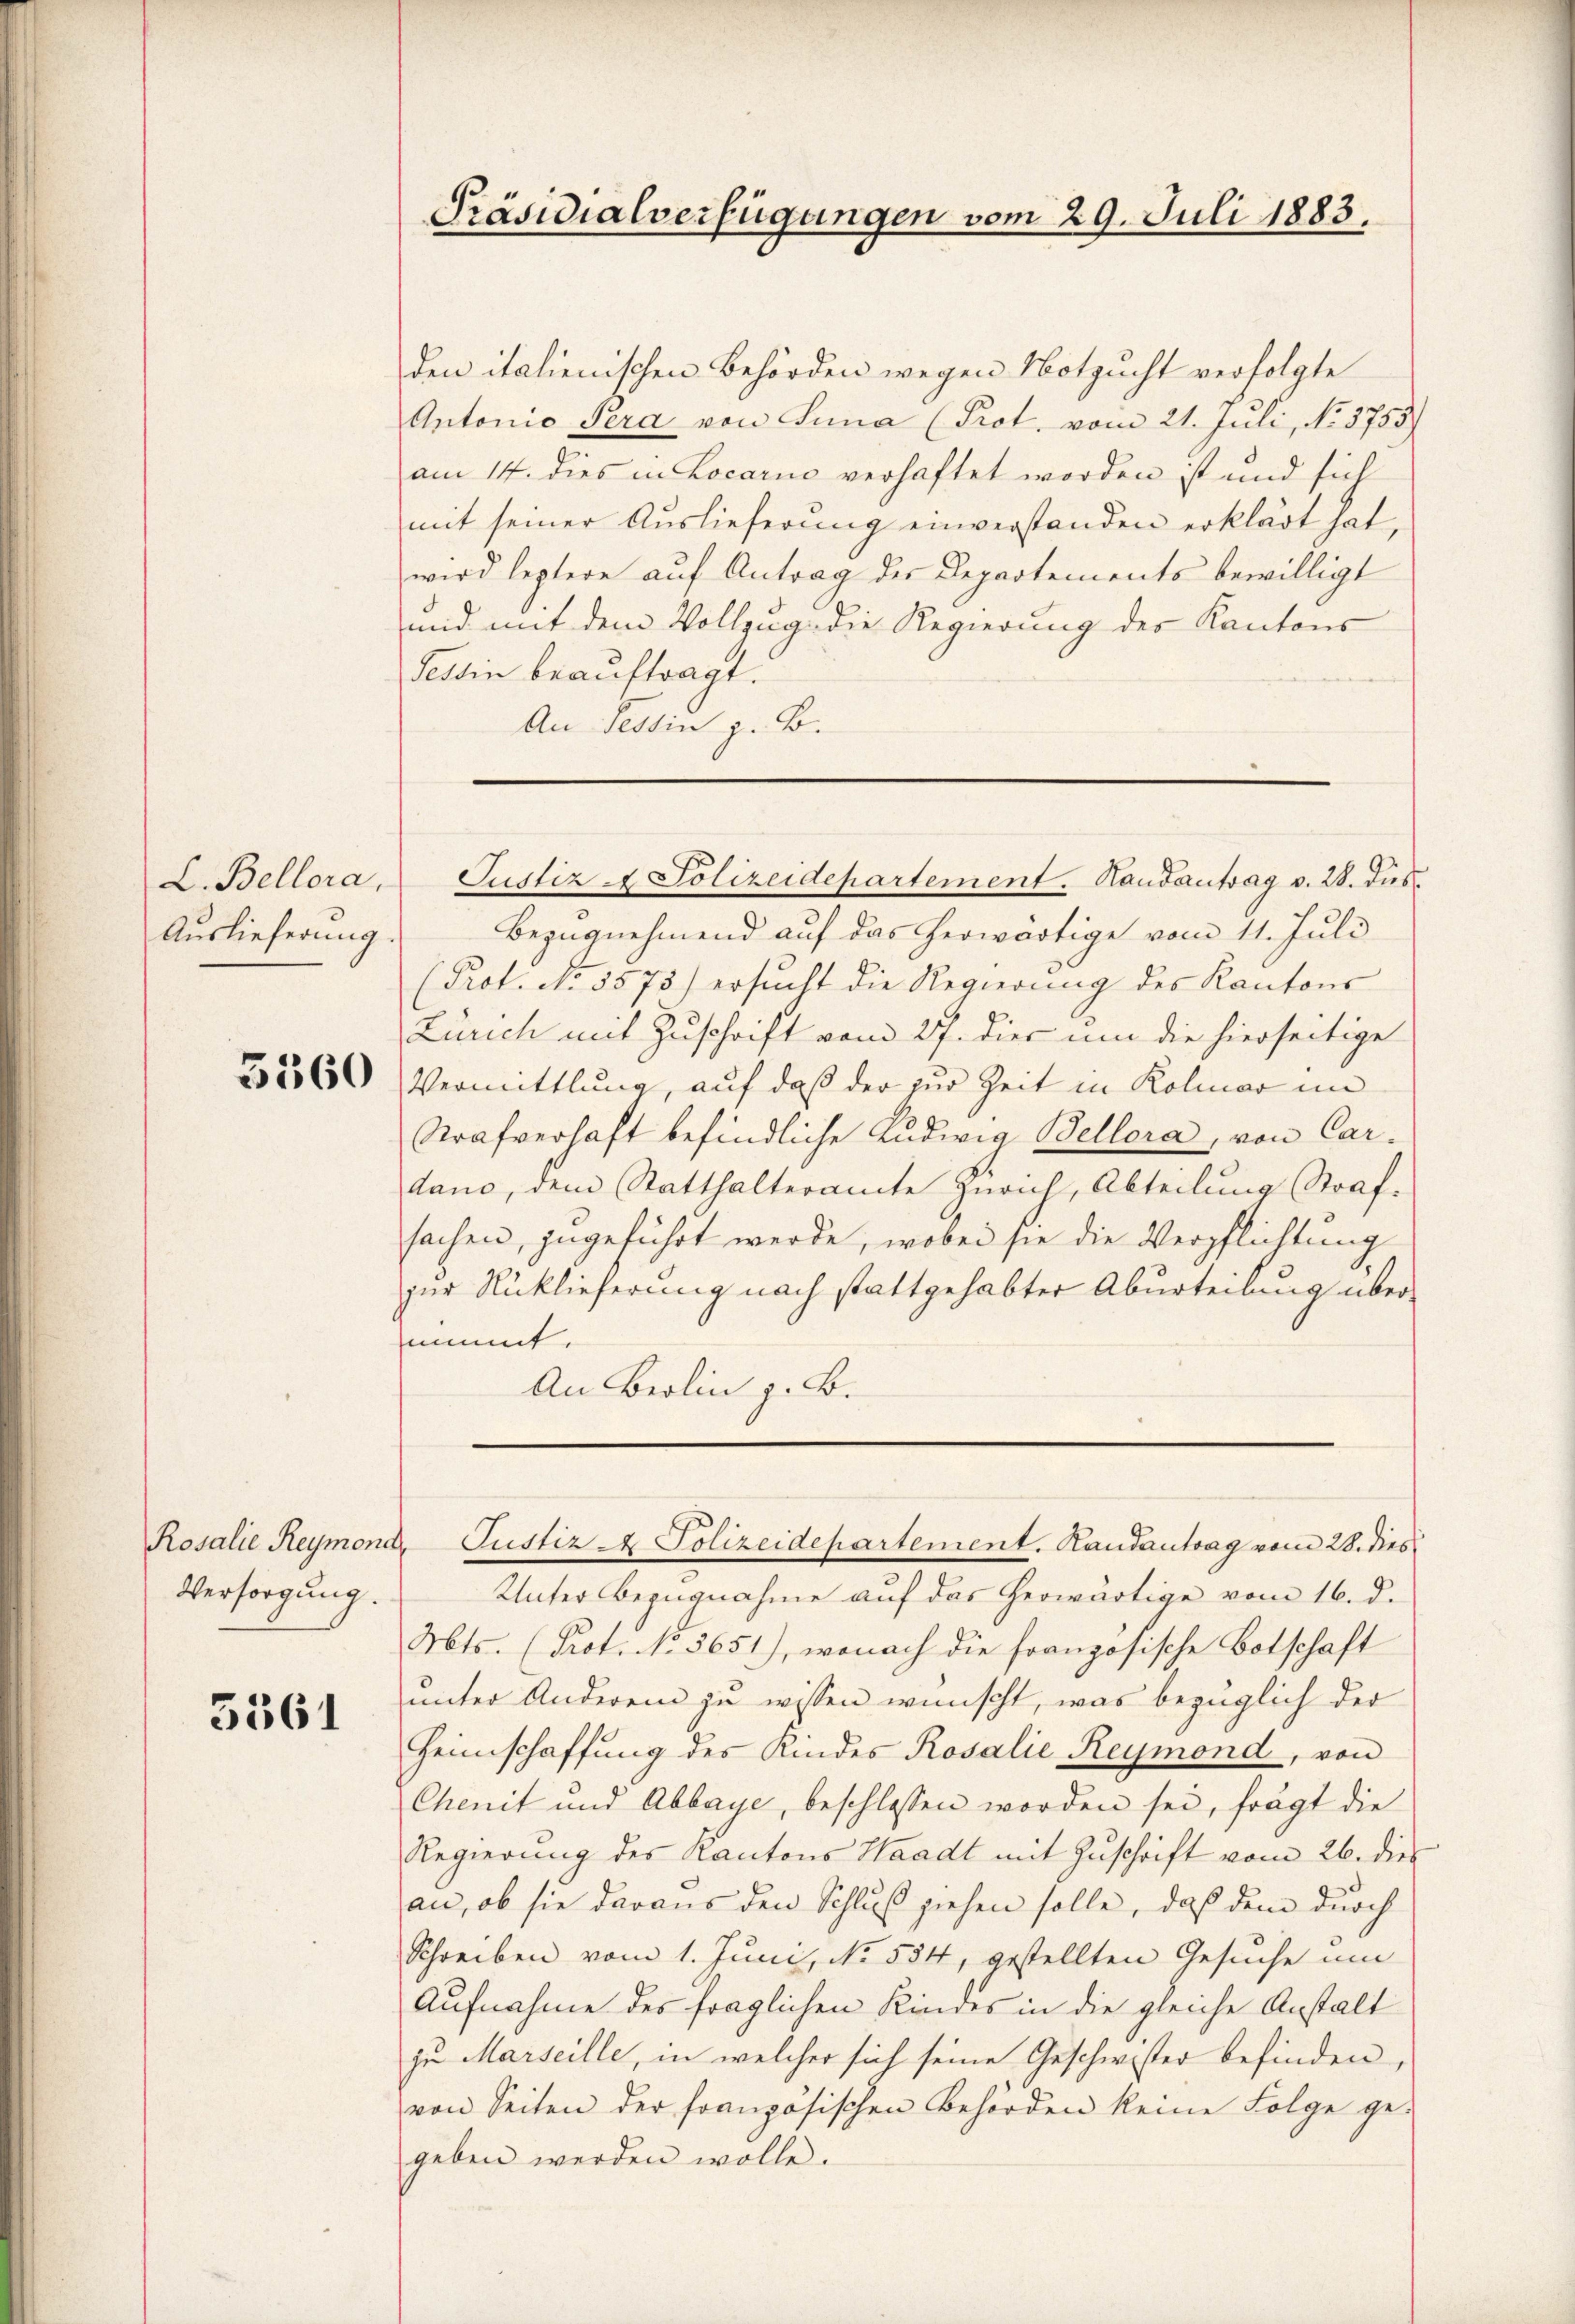
L. Bellora,
Auslieferung.

3360

Versorgung.

5561

Präsidialverfügungen vom 29. Juli 1883.

den italienischen Behörden wegen Notzucht verfolgte
Antonio Sera von Suna (Prot. vom 21. Juli, No. 3755)
am 14. dies in Locario verhaftet worden ist und sich
mit seiner Auslieferung einverstanden erklärt hat,
wird leptere auf Antrag des Departements bewilligt
mid mit dem Vollzug die Regierung des Kantons
Tessin beauftragt.
An Tessin z. B.

Justiz & Polizeidepartement. Handantrag v. 28. dies

Bezugnehmend auf das herwärtige vom 11. Juli
(Prot. No. 5575) ersŭcht die Regierung des Kantons
Zürich mit Zuschrift vom 27. dies um die hierseitige
Vermittlung, auf daß der zur Zeit in Kolmar im
Strafverhaft befindliche Ludwig Bellora, von Cardano, dem Statthalteramte Zürich, Abteilung Strafsachen, zugeführt werde, wobei sie die Verpflichtung
zur Rücklieferung nach stattgehabter Aburteilung übernimmt.
An Berlin z. B.

Unter Bezugnahme auf das herwärtige vom 16. d.
Mts. (Prot. No. 5651), wonach die französische Botschaft
unter Anderem zu wissen wünscht, was bezüglich der
Heimschaffung des Kindes Rosalie Reymond, von
Chenit und Abbaye, beschlossen worden sei, frägt die
Regierung des Kantons Waadt mit Zuschrift vom 26. dies
an, ob sie daraus den Schluß ziehen solle, daß dem durch
Schreiben vom 1. Juni, No. 554, gestellten Gesuche um
Aufnahme des fraglichen Kindes in die gleiche Anstalt
zu Marseille, in welcher sich seine Geschwister befinden,
von Seiten der französischen Behörden keine Folge ge-
geben werden wolle.

Rosalie Reymond, Justiz - Polizeidepartement. Handantrag vom 28. dies